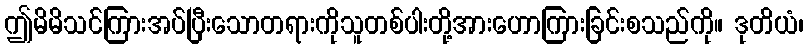
ဤမိမိသင်ကြားအပ်ပြီးသောတရားကိုသူတစ်ပါးတို့အားဟောကြားခြင်းစသည်ကို။ ဒုတိယံ၊